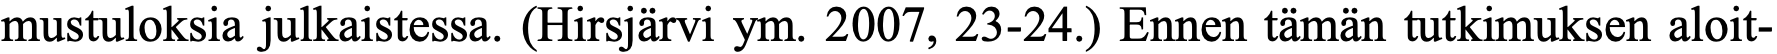
mustuloksia julkaistessa. (Hirsjärvi ym. 2007, 23-24.) Ennen tämän tutkimuksen aloit-